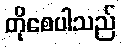
တိုစေပါသည်